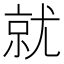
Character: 就